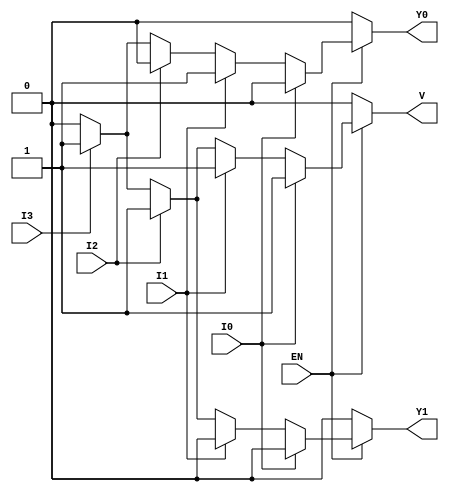
module priority_encoder_4_to_2 (
    input wire EN,      // Enable signal
    input wire I0,     // Input 0 (highest priority)
    input wire I1,     // Input 1
    input wire I2,     // Input 2
    input wire I3,     // Input 3 (lowest priority)
    output reg Y1,     // Output bit 1
    output reg Y0,     // Output bit 0
    output reg V       // Valid output indicator
);

always @(*) begin
    if (!EN) begin
        // When enable is low, output is defined state
        Y1 = 0;
        Y0 = 0;
        V = 0;
    end else begin
        // When enable is high, check inputs for priority
        if (I0) begin
            Y1 = 0;
            Y0 = 0;
            V = 1;
        end else if (I1) begin
            Y1 = 0;
            Y0 = 1;
            V = 1;
        end else if (I2) begin
            Y1 = 1;
            Y0 = 0;
            V = 1;
        end else if (I3) begin
            Y1 = 1;
            Y0 = 1;
            V = 1;
        end else begin
            // No inputs are active
            Y1 = 0;
            Y0 = 0;
            V = 0;
        end
    end
end

endmodule